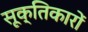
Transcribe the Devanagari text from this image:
सूक्तिकारों